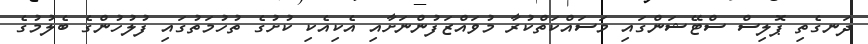
ދަނގެތި ޕޮލިސް ސްޓޭޝަންގައި މަސައްކަތްކުރާ މުވައްޒަފުންނަށާއި އެކިއެކި ކުށުގެ ތުހުމަތުގައި ފުލުހުުންގެ ބެލުމުގެ